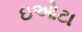
ઇઓટા